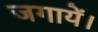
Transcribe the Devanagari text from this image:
जगायें।